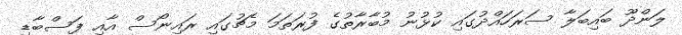
ލަންދޫ ބައިބަލާ ސަރަހައްދުގައި ކުޅުނު މުބާރާތުގެ ފުރަތަމަ މެޗުގައި ރައިނޯސް އާއި ފަސްބާޑި